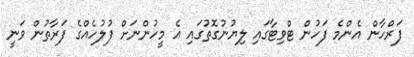
ފަރްހާން އެންމެ ފަހުން ޓްވިޓާގައި ލިޔުނުގޮތުގައި އެ މީހުންނަށް ފުލުހެއްގެ ފަރާތުން ވަނީ